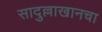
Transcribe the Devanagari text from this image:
सादुल्लाखानचा